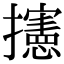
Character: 攇